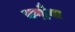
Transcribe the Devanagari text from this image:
चन्द्रैया